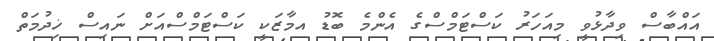
އައްބާސް ވިދާޅުވީ މިއަހަރު ކަސްޓަމްސްގެ އެންމެ ބޮޑު އމާޒަކީ ކަސްޓަމްސްއަށް ނައިސް ޚިދުމަތް